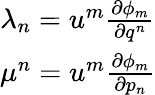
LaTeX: \begin{array}{c}{\lambda_{n}=u^{m}\frac{\partial\phi_{m}}{\partial q^{n}}}\\ {\mu^{n}=u^{m}\frac{\partial\phi_{m}}{\partial p_{n}}}\end{array}